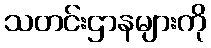
သတင်းဌာနများကို